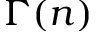
\Gamma ( n )